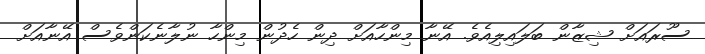
ސޫރައަށް ޝިޒާން ބަލައިލިއެވެ. އޭނާ މިންހާއަށް ދިން ހެދުން މިންހާ ނުލާނެކަންވެސް އޭނާއަށް